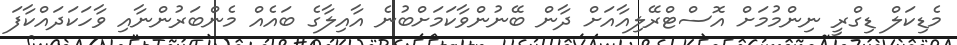
މެޑިކަލް ޑިގްރީ ނިންމުމަށް އޮސްޓްރޭލިއާއަށް ދާން ބޭނުންވާކަމަށްބުނެ އާއިލާގެ ބައެއް މެންބަރުންނާއި ވާހަކަދައްކާފަ